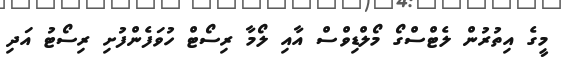
މީގެ އިތުރުން ލެޓްސްގޯ މޯލްޑިވްސް އާއި ލޯމާ ރިސޯޓް ހުވަފެންފުށި ރިސޯޓު އަދި